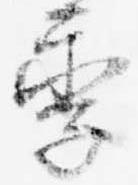
季